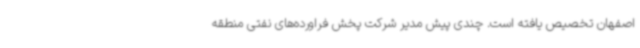
اصفهان تخصیص یافته است. چندی پیش مدیر شرکت پخش فراورده‌های نفتی منطقه